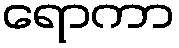
ရောကာ